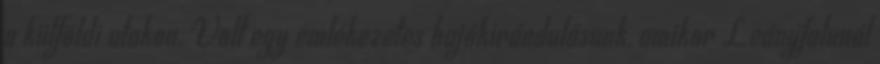
a külföldi utakon. Volt egy emlékezetes hajókirándulásunk, amikor Leányfalunál